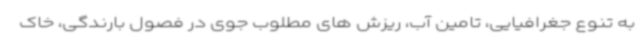
به تنوع جغرافیایی، تامین آب، ریزش های مطلوب جوی در فصول بارندگی، خاک